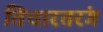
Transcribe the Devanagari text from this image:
विचारतरंग